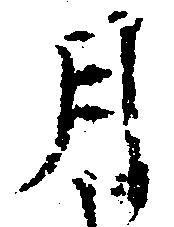
月